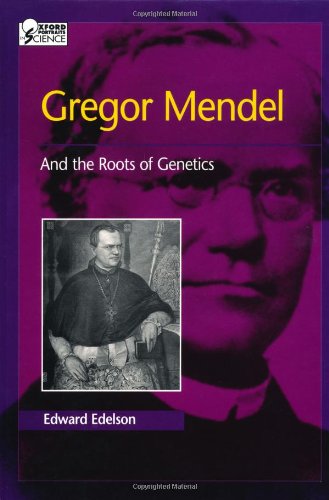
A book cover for Gregor Mendel: And the Roots of Genetics (Oxford Portraits in Science); Edward Edelson; Teen & Young Adult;